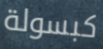
كبسولة